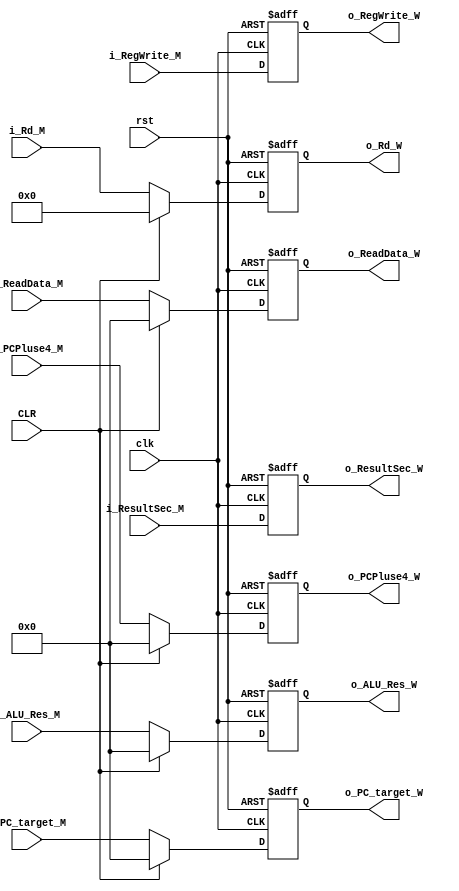
module IM_IW_PR #(
    parameter   RD_Data_Width='d32,
                PC_Width ='d32,
                Address_Width='d5

) (
    input   wire                            clk,
    input   wire                            rst,
    input   wire                            CLR,
    input   wire    [RD_Data_Width-1:0]     i_ALU_Res_M,
    input   wire    [RD_Data_Width-1:0]     i_ReadData_M,
    input   wire    [Address_Width-1:0]     i_Rd_M,
    input   wire    [PC_Width-1:0]          i_PCPluse4_M,
    input   wire    [PC_Width-1:0]          i_PC_target_M,

 

 //
    input wire                            i_RegWrite_M,
    input wire      [1:0]                 i_ResultSec_M,
    output reg                            o_RegWrite_W,
    output reg      [1:0]                 o_ResultSec_W,
 //
    output  reg     [RD_Data_Width-1:0]   o_ALU_Res_W,
    output  reg     [RD_Data_Width-1:0]   o_ReadData_W,
    output  reg     [Address_Width-1:0]   o_Rd_W,
    output  reg     [PC_Width-1:0]        o_PC_target_W,
    output  reg     [PC_Width-1:0]        o_PCPluse4_W


);




// EN  is Stall CTRL 
// CLR is Flush CTRL
always @(posedge clk or negedge rst) begin
    if(!rst)
    begin
        o_ALU_Res_W     <='b0;
        o_ReadData_W    <='b0;
        o_Rd_W          <='b0;
        o_PCPluse4_W    <='b0;
        o_PC_target_W   <='b0;
           

    end
    else if (CLR) begin
        o_ALU_Res_W     <='b0;
        o_ReadData_W    <='b0;
        o_Rd_W          <='b0;
        o_PCPluse4_W    <='b0;
        o_PC_target_W   <='b0;

           
    end
    else begin
        o_ALU_Res_W      <=i_ALU_Res_M;
        o_ReadData_W     <=i_ReadData_M;
        o_Rd_W           <=i_Rd_M;
        o_PCPluse4_W     <=i_PCPluse4_M;
        o_PC_target_W    <=i_PC_target_M;

    end
end



// Control 
always @(posedge clk or negedge rst) begin
    if(!rst)
    begin
        o_RegWrite_W    <=  'b0;
        o_ResultSec_W   <=  'b0;


    end
    else begin
        o_RegWrite_W    <=  i_RegWrite_M;
        o_ResultSec_W   <=  i_ResultSec_M;
    end
end

    
endmodule